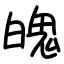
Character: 魄